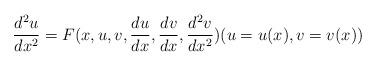
LaTeX: \begin{align*}\frac{d^2u}{dx^2}=F(x,u,v,\frac{du}{dx},\frac{dv}{dx},\frac{d^2v}{dx^2})(u=u(x), v=v(x))\end{align*}